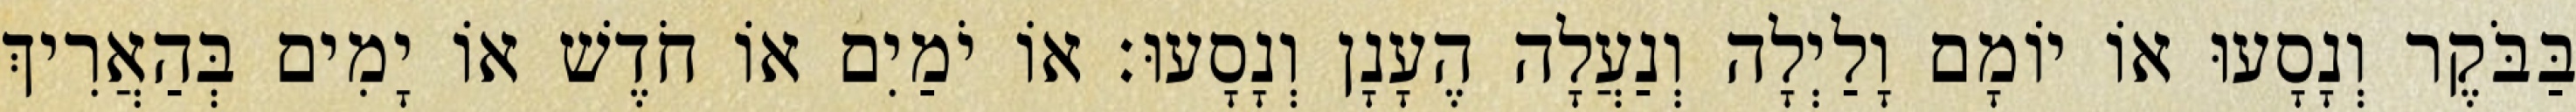
בַּבֹּקֶר וְנָסָעוּ אוֹ יוֹמָם וָלַיְלָה וְנַעֲלָה הֶעָנָן וְנָסָעוּ׃ אוֹ יֹמַיִם אוֹ חֹדֶשׁ אוֹ יָמִים בְּהַאֲרִיךְ